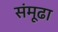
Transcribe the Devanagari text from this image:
संमूढा